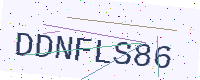
Text: DDNFLS86